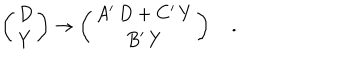
\left( \begin{array} { c } { { D } } \\ { { Y } } \\ \end{array} \right) \rightarrow \left( \begin{array} { c } { { A ^ { \prime } \, D + C ^ { \prime } \, Y } } \\ { { B ^ { \prime } \, Y } } \\ \end{array} \right) \quad .